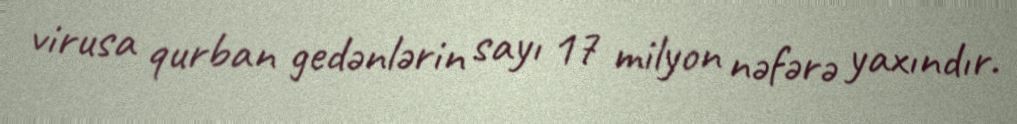
virusa qurban gedənlərin sayı 17 milyon nəfərə yaxındır.